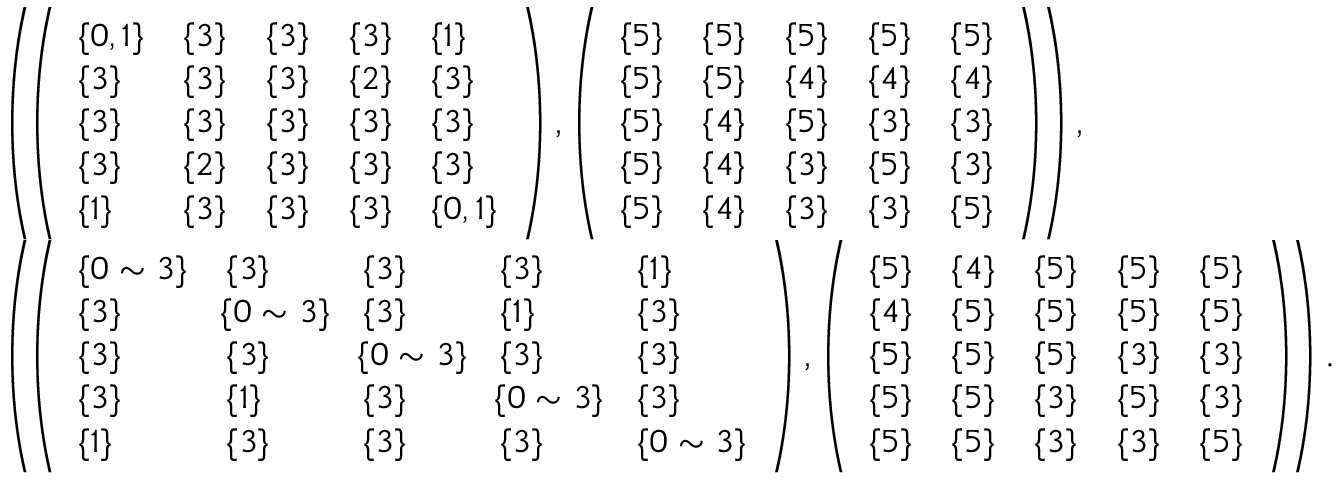
\begin{array} { r l } & { \small { \left( \! \left( \begin{array} { l l l l l } { \{ 0 , 1 \} } & { \{ 3 \} } & { \{ 3 \} } & { \{ 3 \} } & { \{ 1 \} } \\ { \{ 3 \} } & { \{ 3 \} } & { \{ 3 \} } & { \{ 2 \} } & { \{ 3 \} } \\ { \{ 3 \} } & { \{ 3 \} } & { \{ 3 \} } & { \{ 3 \} } & { \{ 3 \} } \\ { \{ 3 \} } & { \{ 2 \} } & { \{ 3 \} } & { \{ 3 \} } & { \{ 3 \} } \\ { \{ 1 \} } & { \{ 3 \} } & { \{ 3 \} } & { \{ 3 \} } & { \{ 0 , 1 \} } \end{array} \right) , \left( \begin{array} { l l l l l } { \{ 5 \} } & { \{ 5 \} } & { \{ 5 \} } & { \{ 5 \} } & { \{ 5 \} } \\ { \{ 5 \} } & { \{ 5 \} } & { \{ 4 \} } & { \{ 4 \} } & { \{ 4 \} } \\ { \{ 5 \} } & { \{ 4 \} } & { \{ 5 \} } & { \{ 3 \} } & { \{ 3 \} } \\ { \{ 5 \} } & { \{ 4 \} } & { \{ 3 \} } & { \{ 5 \} } & { \{ 3 \} } \\ { \{ 5 \} } & { \{ 4 \} } & { \{ 3 \} } & { \{ 3 \} } & { \{ 5 \} } \end{array} \right) \! \right) , } } \\ & { \small { \left( \! \left( \begin{array} { l l l l l } { \{ 0 \sim 3 \} } & { \{ 3 \} } & { \{ 3 \} } & { \{ 3 \} } & { \{ 1 \} } \\ { \{ 3 \} } & { \! \{ 0 \sim 3 \} \! } & { \{ 3 \} } & { \{ 1 \} } & { \{ 3 \} } \\ { \{ 3 \} } & { \{ 3 \} } & { \! \{ 0 \sim 3 \} \! } & { \{ 3 \} } & { \{ 3 \} } \\ { \{ 3 \} } & { \{ 1 \} } & { \{ 3 \} } & { \! \{ 0 \sim 3 \} \! } & { \{ 3 \} } \\ { \{ 1 \} } & { \{ 3 \} } & { \{ 3 \} } & { \{ 3 \} } & { \{ 0 \sim 3 \} } \end{array} \right) , \left( \begin{array} { l l l l l } { \{ 5 \} } & { \{ 4 \} } & { \{ 5 \} } & { \{ 5 \} } & { \{ 5 \} } \\ { \{ 4 \} } & { \{ 5 \} } & { \{ 5 \} } & { \{ 5 \} } & { \{ 5 \} } \\ { \{ 5 \} } & { \{ 5 \} } & { \{ 5 \} } & { \{ 3 \} } & { \{ 3 \} } \\ { \{ 5 \} } & { \{ 5 \} } & { \{ 3 \} } & { \{ 5 \} } & { \{ 3 \} } \\ { \{ 5 \} } & { \{ 5 \} } & { \{ 3 \} } & { \{ 3 \} } & { \{ 5 \} } \end{array} \right) \! \right) . } } \end{array}